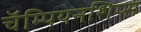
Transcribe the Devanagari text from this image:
चॅम्पियनशिप्स